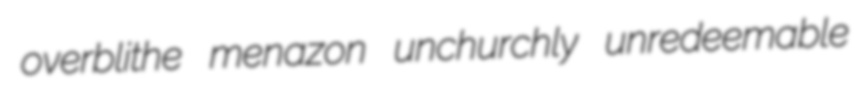
overblithe menazon unchurchly unredeemable